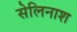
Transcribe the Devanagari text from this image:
सेलिनाश